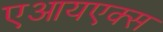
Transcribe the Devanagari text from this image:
एआयएक्स